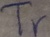
Text: Tr